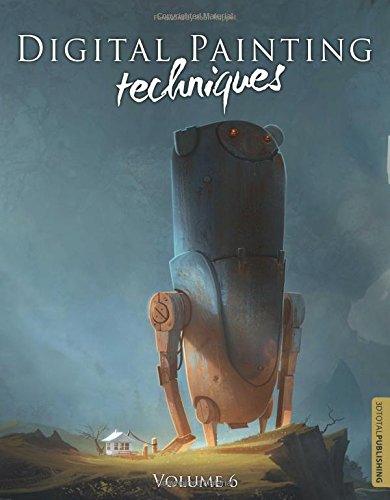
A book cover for Digital Painting Techniques: Volume 6; Carlos Cabrera; Arts & Photography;